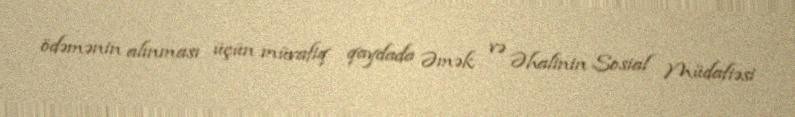
ödəmənin alınması üçün müvafiq qaydada Əmək və Əhalinin Sosial Müdafiəsi